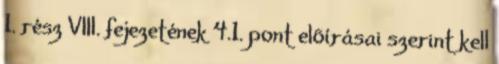
1. rész VIII. fejezetének 4.1. pont elõírásai szerint kell